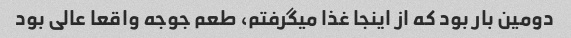
دومین بار بود که از اینجا غذا میگرفتم، طعم جوجه واقعا عالی بود